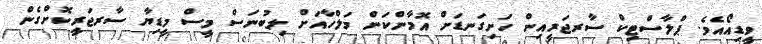
ވީޑިއޯއެވެ. ޕްލާސްޓިކް ސާރޖަރީއިން ހަށިގަނޑަށް އޮމާންކަން މަލްހާއަށް ލިބުނަސް މީސް މީޑިޔާ ސާރޖަރީކޮށްގެން